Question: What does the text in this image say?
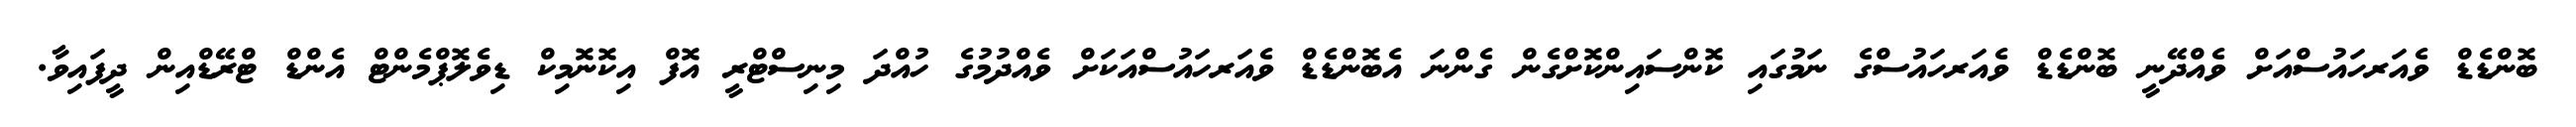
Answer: ބޮންޑެޑް ވެއަރހައުސްއަށް ވެއްދޭނީ ބޮންޑެޑް ވެއަރހައުސްގެ ނަމުގައި ކޮންސައިންކޮށްގެން ގެންނަ އެބޮންޑެޑް ވެއަރހައުސްއަކަށް ވެއްދުމުގެ ހުއްދަ މިނިސްޓްރީ އޮފް އިކޮނޮމިކް ޑިވެލޮޕްމެންޓް އެންޑް ޓްރޭޑްއިން ދީފައިވާ.